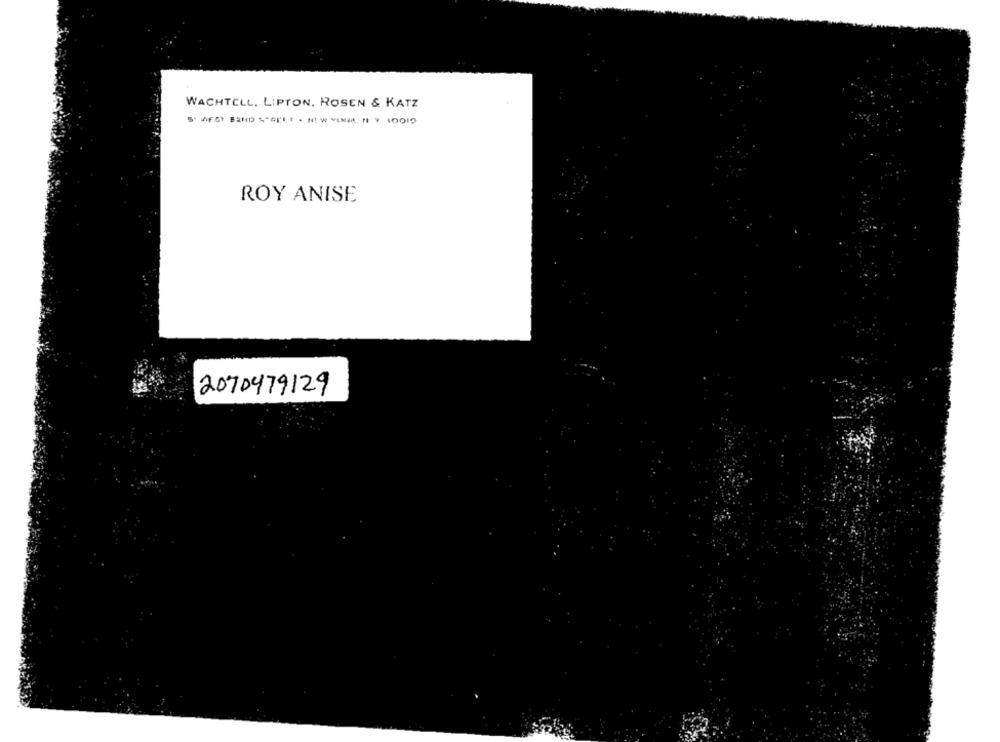
WACHTCLL, LIPTON, ROSEN & KATZ
ROY ANISE
2070479129